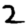
Digit: 2